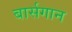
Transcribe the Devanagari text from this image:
बार्सगान